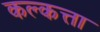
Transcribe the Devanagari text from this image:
कल्कत्ता